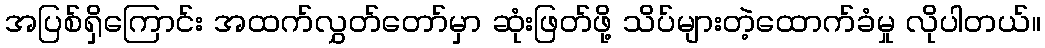
အပြစ်ရှိကြောင်း အထက်လွှတ်တော်မှာ ဆုံးဖြတ်ဖို့ သိပ်များတဲ့ထောက်ခံမှု လိုပါတယ်။